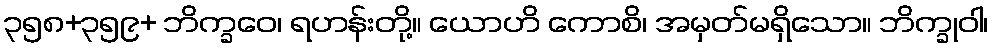
၃၅၈+၃၅၉+ ဘိက္ခဝေ၊ ရဟန်းတို့။ ယောဟိ ကောစိ၊ အမှတ်မရှိသော။ ဘိက္ခုဝါ၊